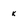
Character: k